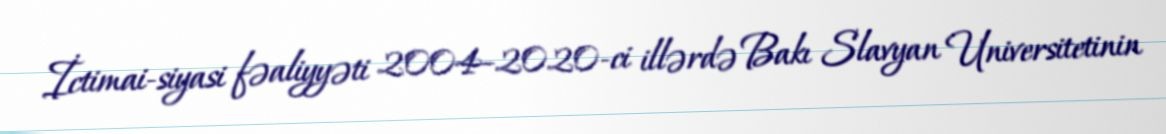
İctimai-siyasi fəaliyyəti 2004–2020-ci illərdə Bakı Slavyan Universitetinin